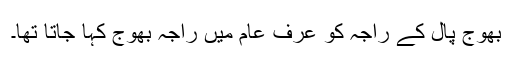
بھوج پال کے راجہ کو عرف عام میں راجہ بھوج کہا جاتا تھا۔